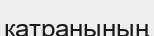
катранының